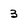
Character: 3